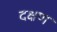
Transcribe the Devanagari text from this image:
दक्षण